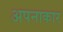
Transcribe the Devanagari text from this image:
अपनाकार